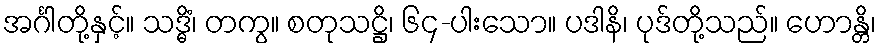
အင်္ဂါတို့နှင့်။ သဒ္ဓိံ၊ တကွ။ စတုသဋ္ဌိ၊ ၆၄-ပါးသော။ ပဒါနိ၊ ပုဒ်တို့သည်။ ဟောန္တိ၊